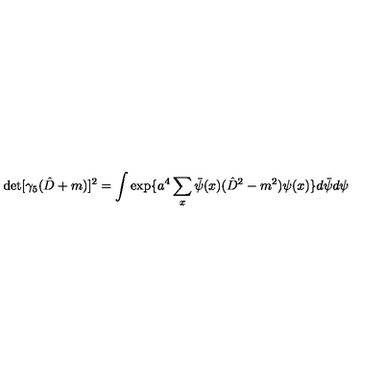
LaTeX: \det [ \gamma _ { 5 } ( \hat { D } + m ) ] ^ { 2 } = \int \exp \{ a ^ { 4 } \sum _ { x } \bar { \psi } ( x ) ( \hat { D } ^ { 2 } - m ^ { 2 } ) \psi ( x ) \} d \bar { \psi } d \psi